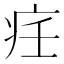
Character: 𱱋